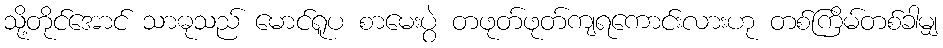
သို့တိုင်အောင် သာဓုသည် မောင်ရူပ စာမေးပွဲ တဖုတ်ဖုတ်ကျရကောင်းလားဟု တစ်ကြိမ်တစ်ခါမျှ